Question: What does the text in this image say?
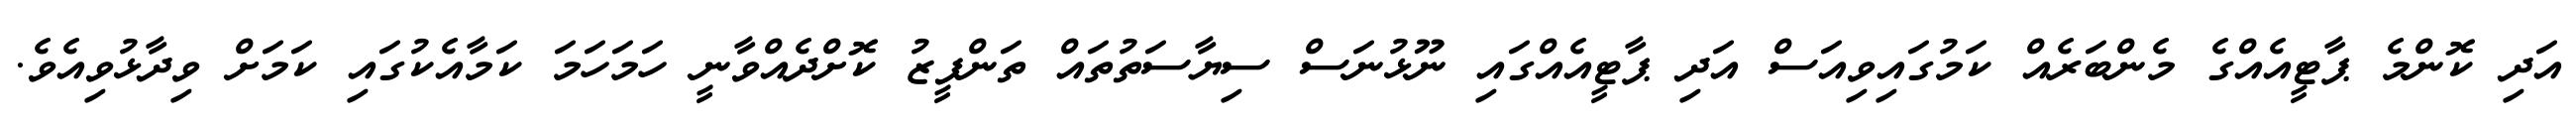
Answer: އަދި ކޮންމެ ޕާޓީއެއްގެ މެންބަރެއް ކަމުގައިވިއަސް އަދި ޕާޓީއެއްގައި ނޫޅުނަސް ސިޔާސަތުތައް ތަންފީޒު ކޮށްދެއްވާނީ ހަމަހަމަ ކަމާއެކުގައި ކަމަށް ވިދާޅުވިއެވެ.